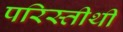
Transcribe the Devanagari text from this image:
परिस्तीथी